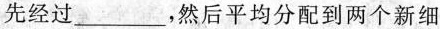
先经过___，然后平均分配到两个新细